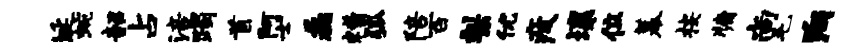
埏蜿韶占涪躅首阿士磊糟弧陪百梨优疲壤位幕按牖尚毛殉